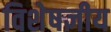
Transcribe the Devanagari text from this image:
विशेषज्ञीय